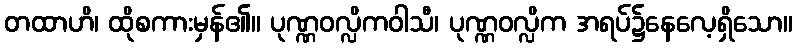
တထာဟိ၊ ထိုစကားမှန်၏။ ပုဏ္ဏဝလ္လိကဝါသီ၊ ပုဏ္ဏဝလ္လိက အရပ်၌နေလေ့ရှိသော။